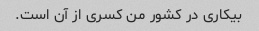
بیکاری در کشور من کسری از آن است.